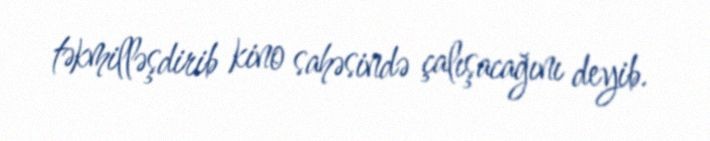
təkmilləşdirib kino sahəsində çalışacağını deyib.